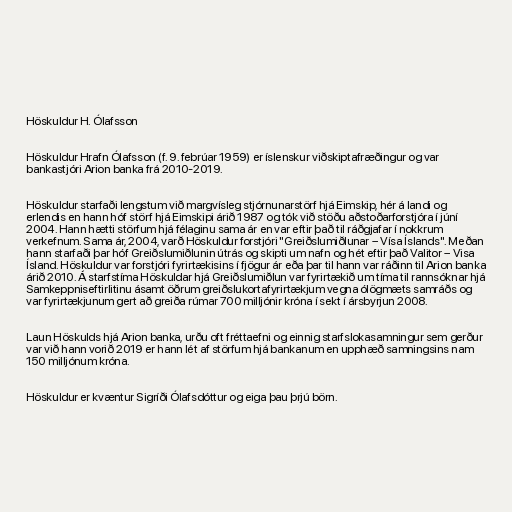
Höskuldur H. Ólafsson

Höskuldur Hrafn Ólafsson (f. 9. febrúar 1959) er íslenskur viðskiptafræðingur og var
bankastjóri Arion banka frá 2010-2019.

Höskuldur starfaði lengstum við margvísleg stjórnunarstörf hjá Eimskip, hér á landi og
erlendis en hann hóf störf hjá Eimskipi árið 1987 og tók við stöðu aðstoðarforstjóra í júní
2004. Hann hætti störfum hjá félaginu sama ár en var eftir það til ráðgjafar í nokkrum
verkefnum. Sama ár, 2004, varð Höskuldur forstjóri "Greiðslumiðlunar – Vísa Íslands". Meðan
hann starfaði þar hóf Greiðslumiðlunin útrás og skipti um nafn og hét eftir það Valitor – Visa
Ísland. Höskuldur var forstjóri fyrirtækisins í fjögur ár eða þar til hann var ráðinn til Arion banka
árið 2010. Á starfstíma Höskuldar hjá Greiðslumiðlun var fyrirtækið um tíma til rannsóknar hjá
Samkeppniseftirlitinu ásamt öðrum greiðslukortafyrirtækjum vegna ólögmæts samráðs og
var fyrirtækjunum gert að greiða rúmar 700 milljónir króna í sekt í ársbyrjun 2008.

Laun Höskulds hjá Arion banka, urðu oft fréttaefni og einnig starfslokasamningur sem gerður
var við hann vorið 2019 er hann lét af störfum hjá bankanum en upphæð samningsins nam
150 milljónum króna.

Höskuldur er kvæntur Sigríði Ólafsdóttur og eiga þau þrjú börn.